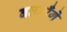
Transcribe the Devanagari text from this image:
बताएँगे